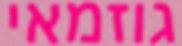
גוזמאי